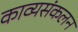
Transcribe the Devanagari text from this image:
काव्यसंकलन